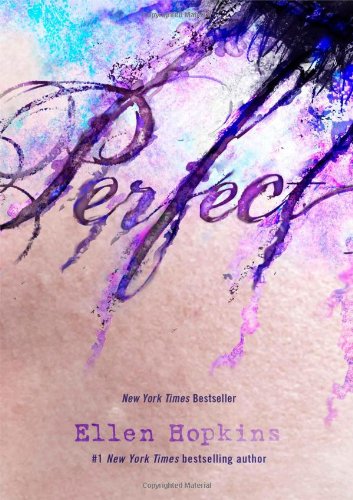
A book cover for Perfect; Ellen Hopkins; Literature & Fiction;